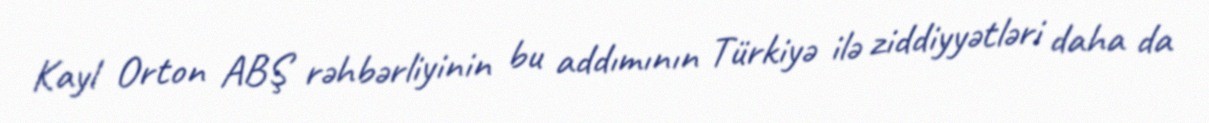
Kayl Orton ABŞ rəhbərliyinin bu addımının Türkiyə ilə ziddiyyətləri daha da